Lunatic asylums in Bengal annual reports 1888-1898 - 1888-1898
Year: 1888
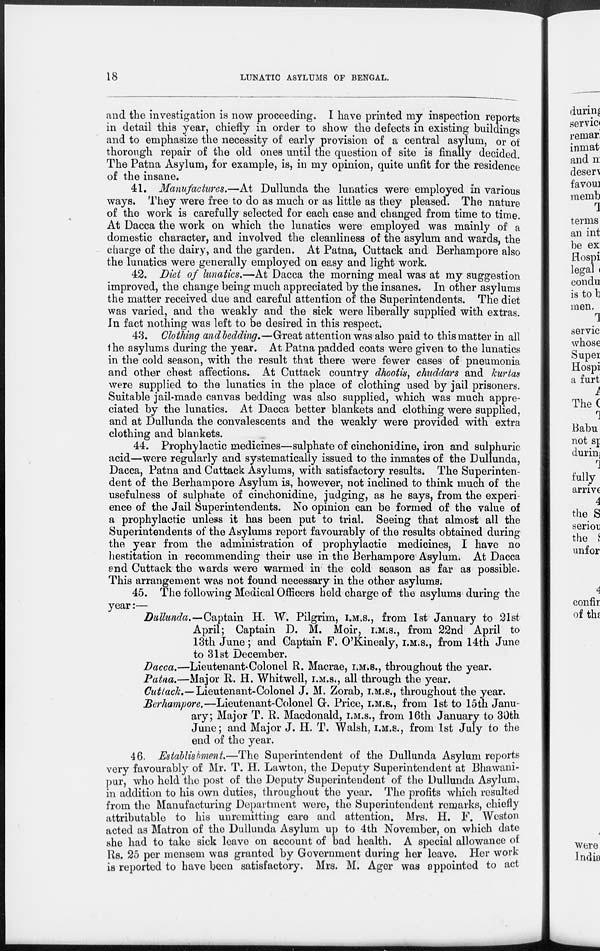
18
LUNATIC ASYLUMS OF BENGAL.
and the investigation is now proceeding. I have printed my inspection reports
in detail this year, chiefly in order to show the defects in existing buildings
and to emphasize the necessity of early provision of a central asylum, or of
thorough repair of the old ones until the question of site is finally decided.
The Patna Asylum, for example, is, in my opinion, quite unfit for the residence
of the insane.
41. Manufactures.—At Dullunda the lunatics were employed in various
ways. They were free to do as much or as little as they pleased. The nature
of the work is carefully selected for each case and changed from time to time.
At Dacca the work on which the lunatics were employed was mainly of a
domestic character, and involved the cleanliness of the asylum and wards, the
charge of the dairy, and the garden. At Patna, Cuttack and Berhampore also
the lunatics were generally employed on easy and light work.
42. Diet of lunatics.—At Dacca the morning meal was at my suggestion
improved, the change being much appreciated by the insanes. In other asylums
the matter received due and careful attention of the Superintendents. The diet
was varied, and the weakly and the sick were liberally supplied with extras.
In fact nothing was left to be desired in this respect.
43. Clothing and bedding.—Great attention was also paid to this matter in all
the asylums during the year. At Patna padded coats were given to the lunatics
in the cold season, with the result that there were fewer cases of pneumonia
and other chest affections. At Cuttack country dhootis, chuddars and kurtas
were supplied to the lunatics in the place of clothing used by jail prisoners.
Suitable jail-made canvas bedding was also supplied, which was much appre-
ciated by the lunatics. At Dacca better blankets and clothing were supplied,
and at Dullunda the convalescents and the weakly were provided with extra
clothing and blankets.
44. Prophylactic medicines—sulphate of cinchonidine, iron and sulphuric
acid—were regularly and systematically issued to the inmates of the Dullunda,
Dacca, Patna and Cuttack Asylums, with satisfactory results. The Superinten-
dent of the Berhampore Asylum is, however, not inclined to think much of the
usefulness of sulphate of cinchonidine, judging, as he says, from the experi-
ence of the Jail Superintendents. No opinion can be formed of the value of
a prophylactic unless it has been put to trial. Seeing that almost all the
Superintendents of the Asylums report favourably of the results obtained during
the year from the administration of prophylactic medicines, I have no
hestitation in recommending their use in the Berhampore Asylum. At Dacca
and Cuttack the wards were warmed in the cold season as far as possible.
This arrangement was not found necessary in the other asylums.
45. The following Medical Officers held charge of the asylums during the
year:—
Dullunda.—Captain H. W. Pilgrim, I.M.S., from 1st January to 21st
April; Captain D. M. Moir, I.M.S., from 22nd April to
13th June; and Captain F. O'Kinealy, I.M.S., from 14th June
to 31st December.
Dacca.—Lieutenant-Colonel R. Macrae, I.M.S., throughout the year.
Patna.—Major R. H. Whitwell, I.M.S., all through the year.
Cuttack.—Lieutenant-Colonel J. M. Zorab, I.M.S., throughout the year.
Berhampore.—Lieutenant-Colonel G. Price, I.M.S., from 1st to 15th Janu-
ary; Major T. R. Macdonald, I.M.S., from 16th January to 30th
June; and Major J. H. T. Walsh, I.M.S., from 1st July to the
end of the year.
46. Establishment.—The Superintendent of the Dullunda Asylum reports
very favourably of Mr. T. H. Lawton, the Deputy Superintendent at Bhawani-
pur, who held the post of the Deputy Superintendent of the Dullunda Asylum,
in addition to his own duties, throughout the year. The profits which resulted
from the Manufacturing Department were, the Superintendent remarks, chiefly
attributable to his unremitting care and attention. Mrs. H. F. Weston
acted as Matron of the Dullunda Asylum up to 4th November, on which date
she had to take sick leave on account of bad health. A special allowance of
Rs. 25 per mensem was granted by Government during her leave. Her work
is reported to have been satisfactory. Mrs. M. Ager was appointed to act